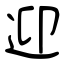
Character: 迎